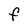
Character: F